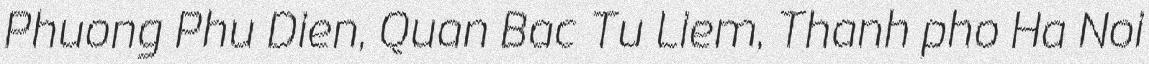
Phuong Phu Dien, Quan Bac Tu Liem, Thanh pho Ha Noi